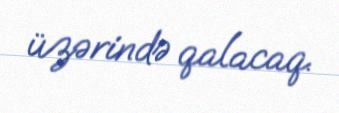
üzərində qalacaq.